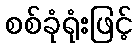
စစ်ခုံရုံးဖြင့်